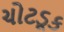
ચોટડૂક